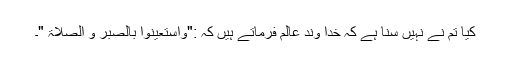
کیا تم نے نہیں سنا ہے کہ خدا وند عالم فرماتے ہیں کہ :"واستعینوا بالصبر و الصلاۃ "۔